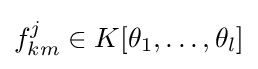
f_{km}^{j}\in K[\theta _{1},\dots ,\theta _{l}]